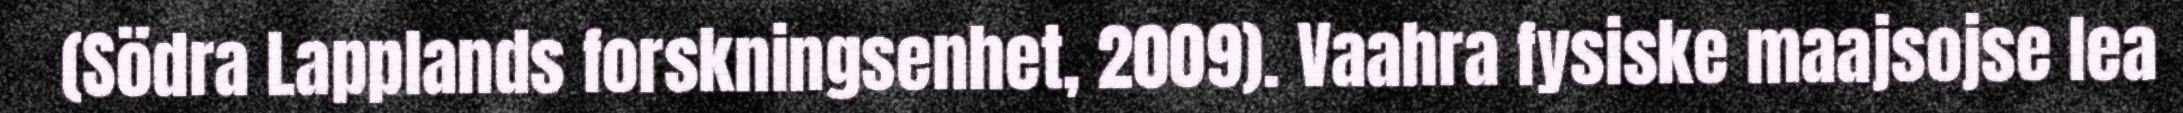
(Södra Lapplands forskningsenhet, 2009). Vaahra fysiske maajsojse lea